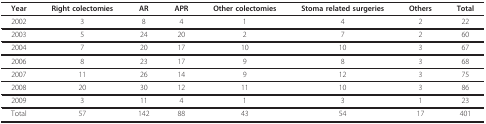
| Year | Right colectomies | AR | APR | Other colectomies | Stoma related surgeries | Others | Total |
 | --- | --- | --- | --- | --- | --- | --- | --- |
 | 2002 | 3 | 8 | 4 | 1 | 4 | 2 | 22 |
 | 2003 | 5 | 24 | 20 | 2 | 7 | 2 | 60 |
 | 2004 | 7 | 20 | 17 | 10 | 10 | 3 | 67 |
 | 2006 | 8 | 23 | 17 | 9 | 8 | 3 | 68 |
 | 2007 | 11 | 26 | 14 | 9 | 12 | 3 | 75 |
 | 2008 | 20 | 30 | 12 | 11 | 10 | 3 | 86 |
 | 2009 | 3 | 11 | 4 | 1 | 3 | 1 | 23 |
 | Total | 57 | 142 | 88 | 43 | 54 | 17 | 401 |